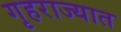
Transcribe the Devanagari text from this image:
गृहराज्यात